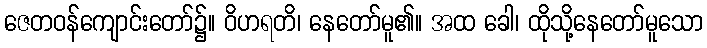
ဇေတဝန်ကျောင်းတော်၌။ ဝိဟရတိ၊ နေတော်မူ၏။ အထ ခေါ၊ ထိုသို့နေတော်မူသော